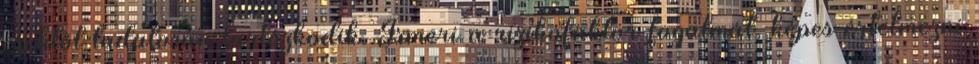
ezektől tudatosan tartózkodik. Ismeri a rizikófaktor fogalmát, képes értelmezni